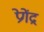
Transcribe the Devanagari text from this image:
प्रेगेंद्र